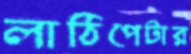
লাঠিপেটার